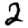
Digit: 2